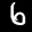
Label: 6